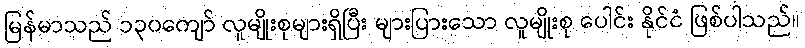
မြန်မာသည် ၁၃၀ကျော် လူမျိုးစုများရှိပြီး များပြားသော လူမျိုးစု ပေါင်း နိုင်ငံ ဖြစ်ပါသည်။